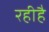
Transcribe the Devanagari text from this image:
रहीहै